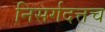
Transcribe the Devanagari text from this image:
निसर्गदत्तच